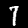
Label: 7